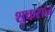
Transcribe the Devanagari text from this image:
शुकराज